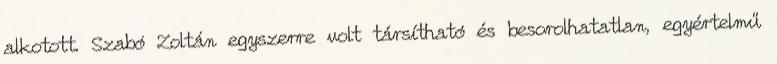
alkotott. Szabó Zoltán egyszerre volt társítható és besorolhatatlan, egyértelmű